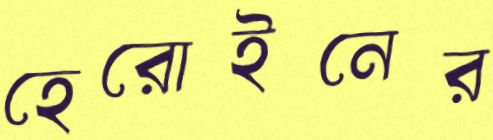
হেরোইনের